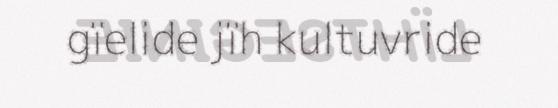
gïelide jïh kultuvride